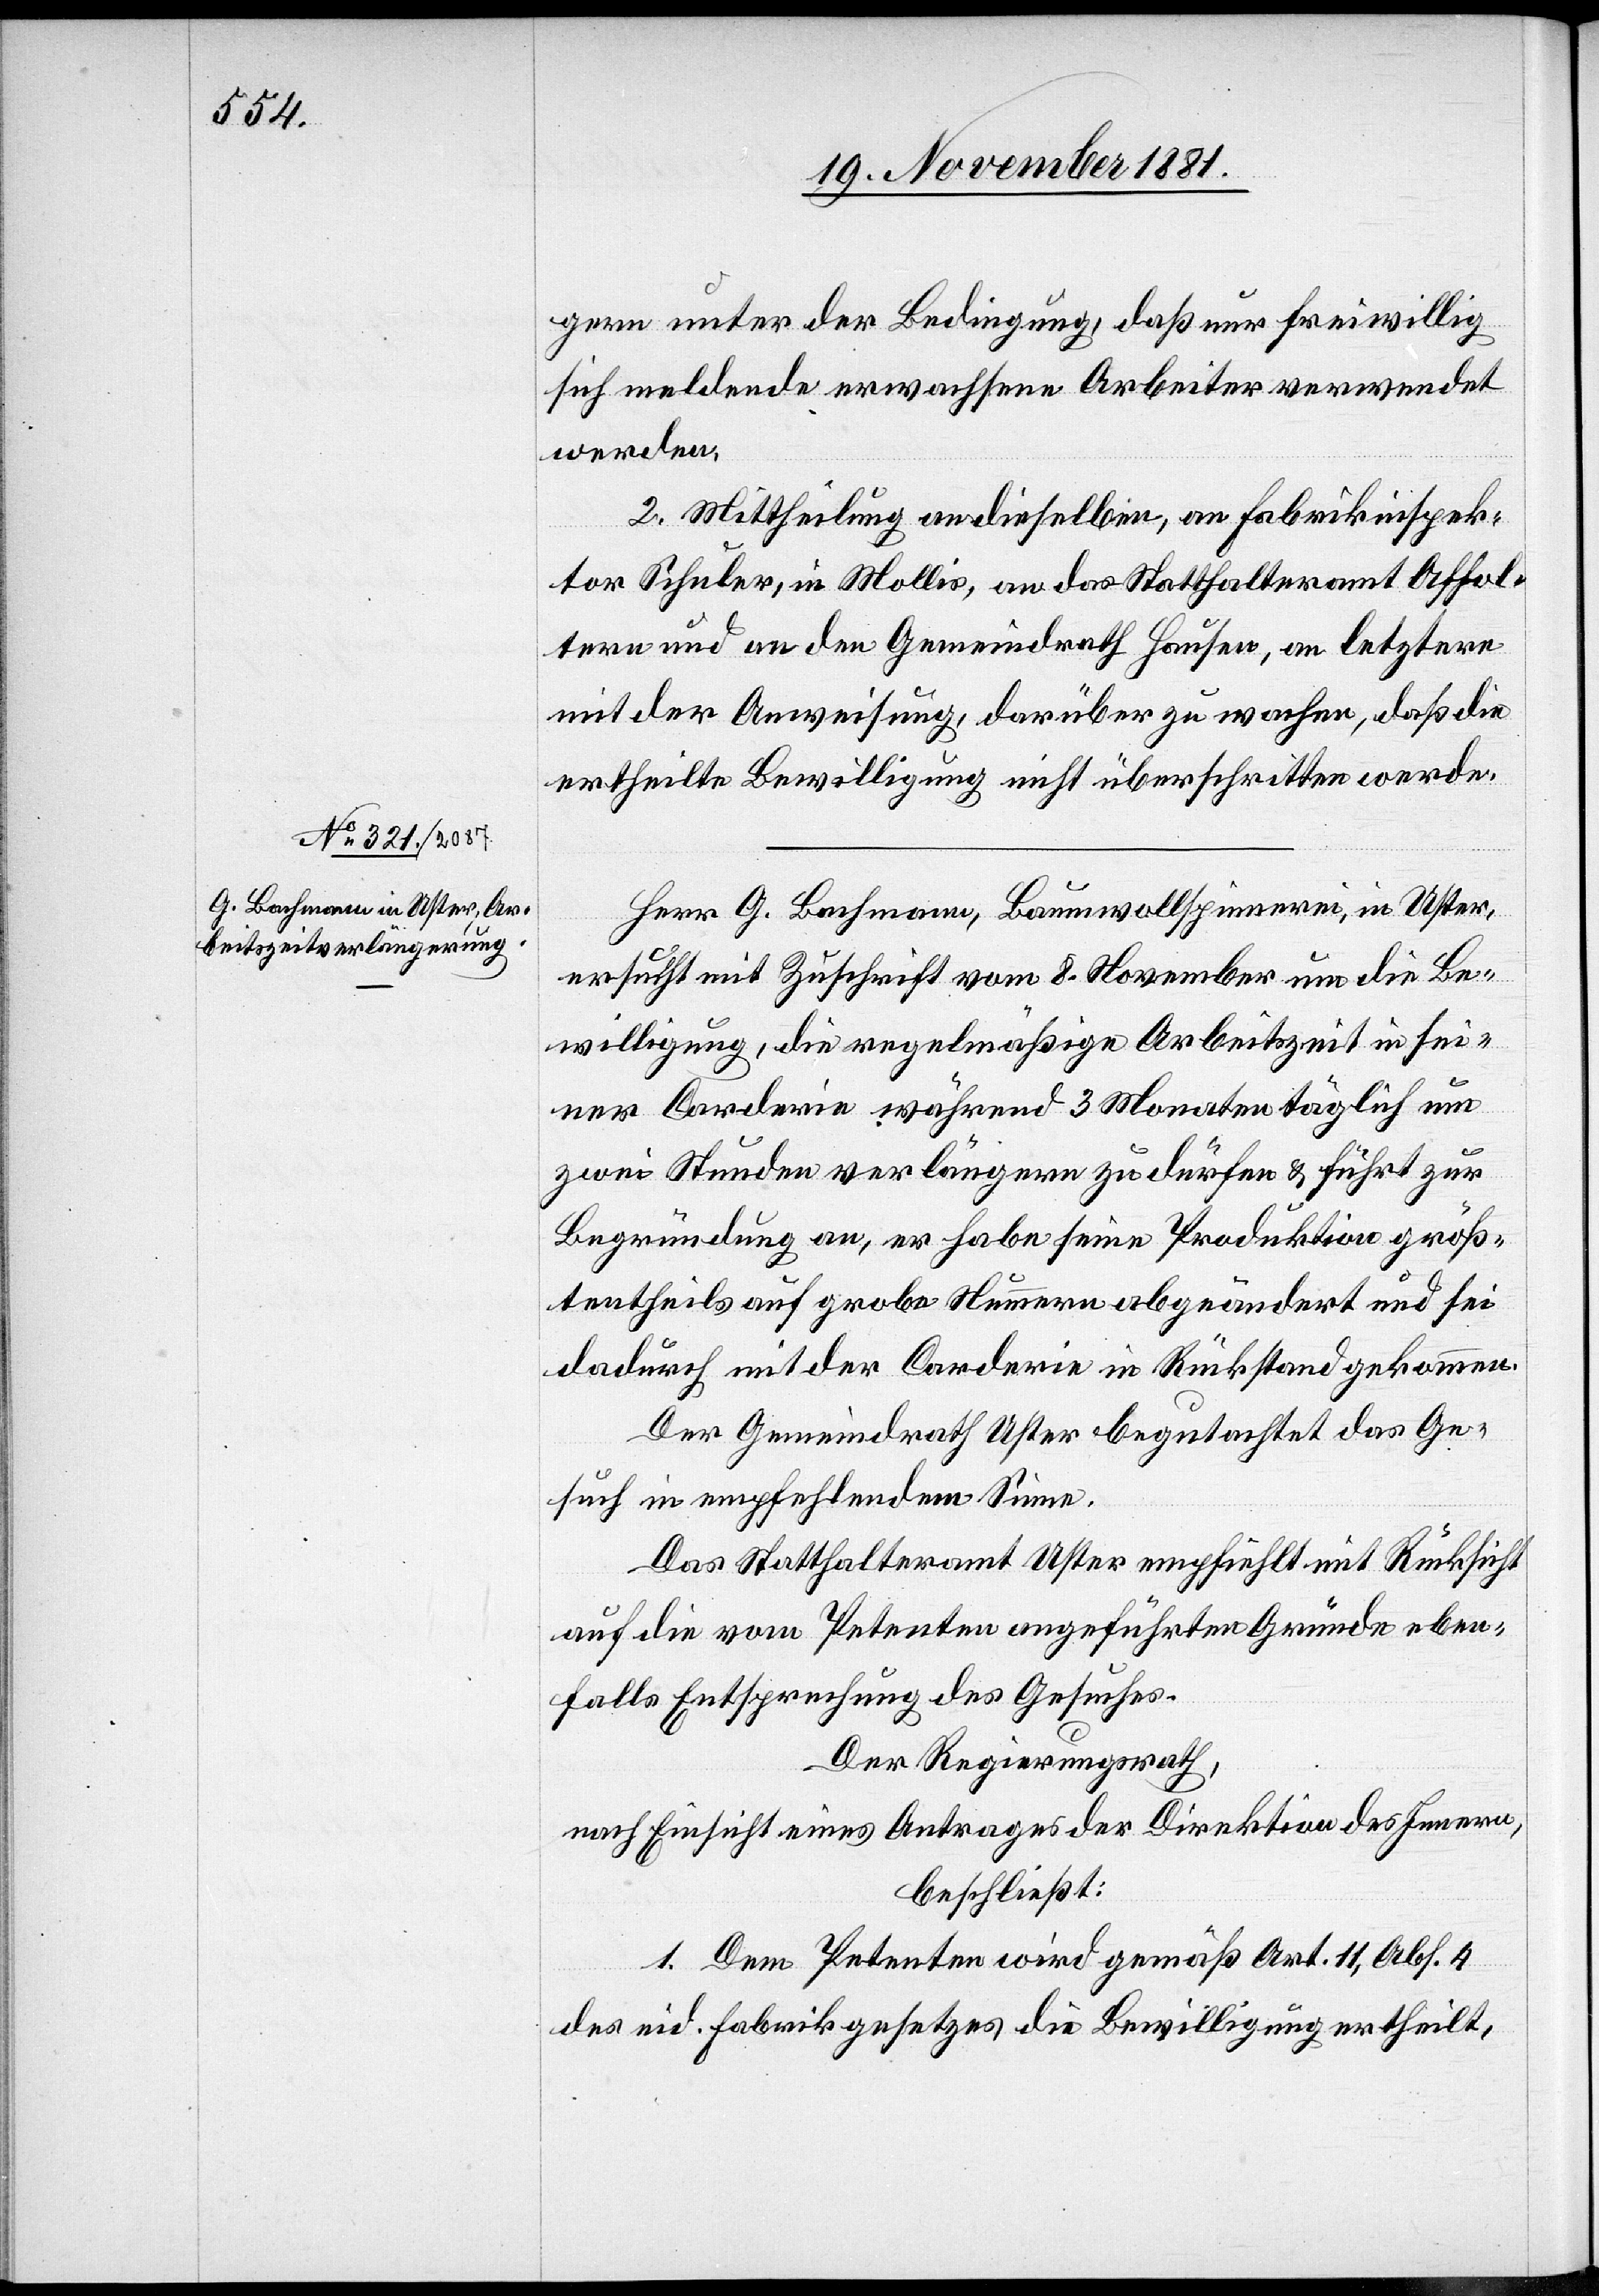
gern[,] unter der Bedingung, daß nur freiwillig
sich meldende erwachsene Arbeiter verwendet
werden.
2. Mittheilung an dieselben, an Fabrikinspek¬
tor Schuler, in Mollis, an das Statthalteramt Affol¬
tern und an den Gemeindrath Hausen, an letztere
mit der Anweisung, darüber zu wachen, daß die
ertheilte Bewilligung nicht überschritten werde.
Herr G. Bachmann, Baumwollspinnerei, in Uster,
ersucht mit Zuschrift vom 8. November um die Be¬
willigung, die regelmäßige Arbeitszeit in sei¬
ner Corderie während 3 Monaten täglich um
zwei Stunden verlängern zu dürfen & führt zur
Begründung an, er habe seine Produktion größ¬
tentheils auf grobe Nummern abgeändert und sei
dadurch mit der Corderie in Rückstand gekommen.
Der Gemeindrath Uster begutachtet das Ge¬
such in empfehlendem Sinne.
Das Statthalteramt Uster empfiehlt mit Rücksicht
auf die vom Petenten angeführten Gründe eben¬
falls Entsprechung des Gesuches.
Der Regierungsrath,
nach Einsicht eines Antrages der Direktion des Innern,
beschließt:
1. Dem Petenten wird gemäß Art. 11, Abs. 4
des eid. Fabrikgesetzes die Bewilligung ertheilt,